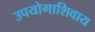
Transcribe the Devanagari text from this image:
उपयोगाशिवाय